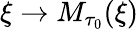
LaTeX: \xi\rightarrow M_{\tau_{0}}(\xi)